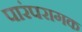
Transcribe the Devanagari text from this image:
पारंपरागक